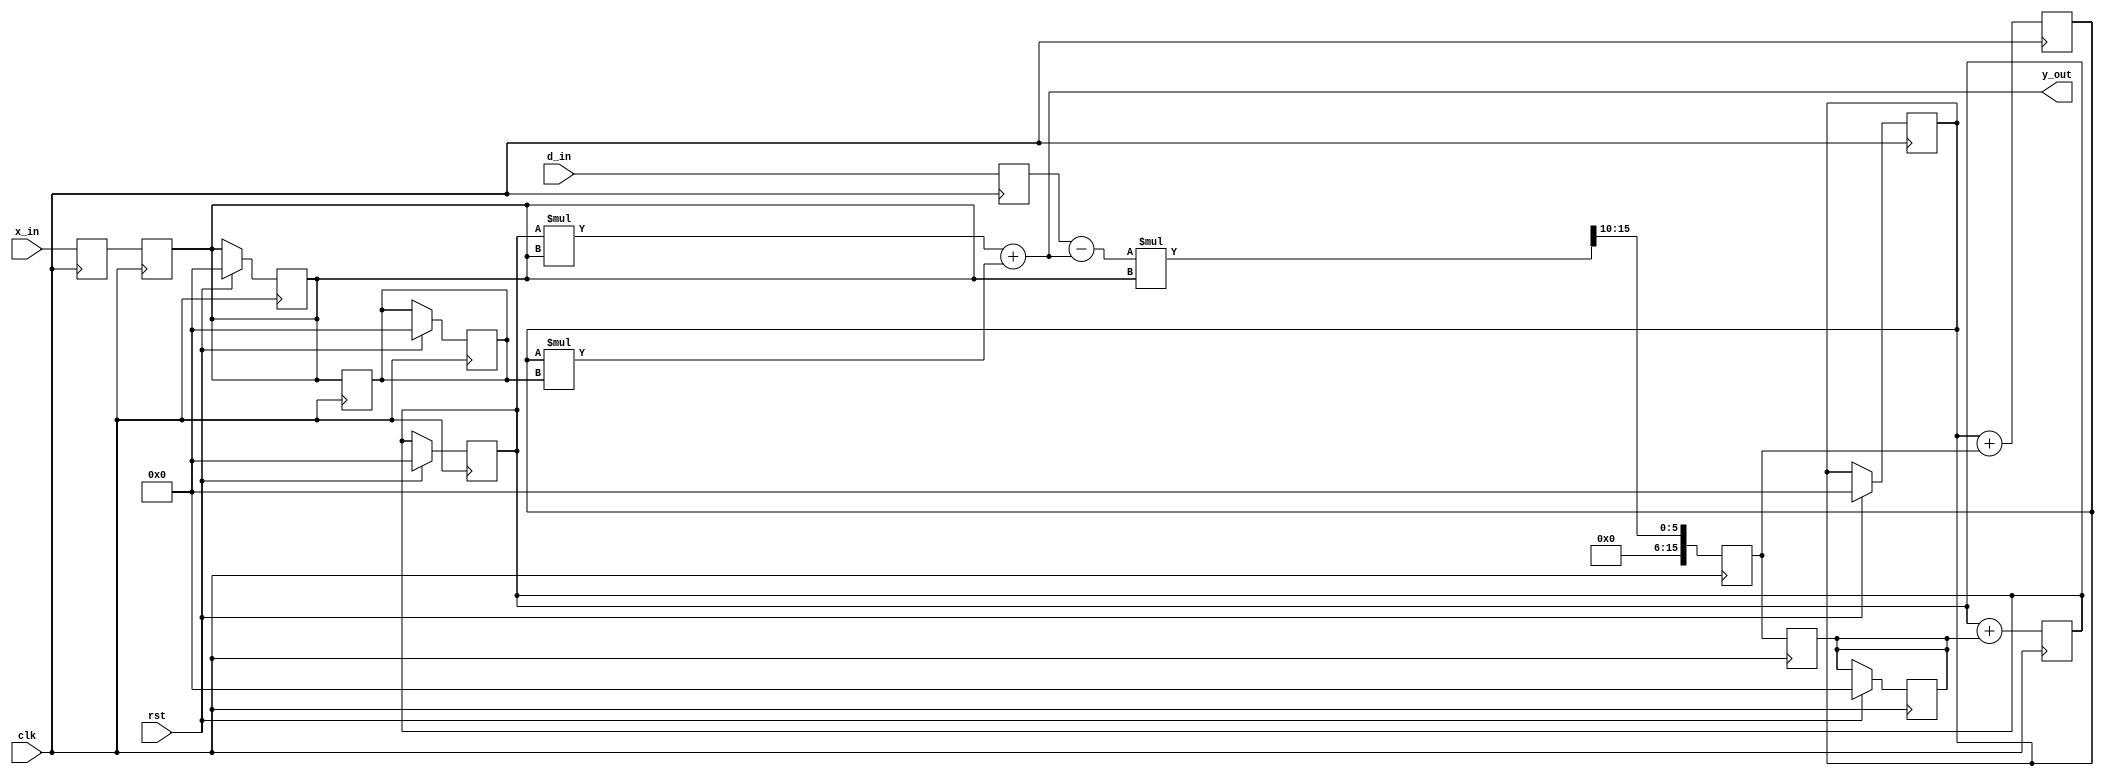
module adaptive_filter (
  input clk,
  input rst,
  input signed [15:0] x_in,
  input signed [15:0] d_in,
  output signed [15:0] y_out
);

  // Define filter coefficients as signed registers
  reg signed [15:0] w0;
  reg signed [15:0] w1;

  // Define internal signals for the filter
  wire signed [31:0] acc;
  wire signed [15:0] error;
  wire signed [15:0] x0;
  wire signed [15:0] x1;

  // Internal signals for the adaptive update
  wire signed [15:0] update;
  reg signed [15:0] update_reg;

  // Input registers for x and d
  reg signed [15:0] x_in_reg;
  reg signed [15:0] d_in_reg;

  // Delay elements for x and d
  reg signed [15:0] x0_reg;
  reg signed [15:0] x1_reg;

  // Set initial values for filter coefficients
  initial begin
    w0 = 0;
    w1 = 0;
  end

  // Delay x and d inputs
  always @(posedge clk) begin
    x_in_reg <= x_in;
    d_in_reg <= d_in;
  end

  // Delay x samples
  always @(posedge clk) begin
    x0_reg <= x_in_reg;
    x1_reg <= x0_reg;
  end

  // Calculate filter output and error
  assign x0 = x0_reg;
  assign x1 = x1_reg;
  assign acc = w0*x0 + w1*x1;
  assign y_out = acc[15:0];
  assign error = d_in_reg - y_out;

  // Update coefficients using LMS algorithm
  always @(posedge clk) begin
    // Calculate update signal
    update <= (error * x0_reg) >> 10; // scale factor of 1/1024

    // Update filter coefficients
    w0 <= w0 + update_reg;
    w1 <= w1 + update;

    // Delay update signal
    update_reg <= update;
  end

  // Reset filter coefficients and delay elements
  always @(posedge clk) begin
    if (rst) begin
      w0 <= 0;
      w1 <= 0;
      x0_reg <= 0;
      x1_reg <= 0;
      update_reg <= 0;
    end
  end

endmodule